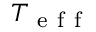
T _ { \mathrm { ~ e ~ f ~ f ~ } }